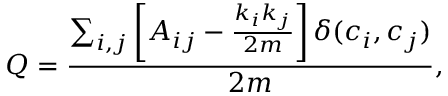
Q = \frac { \sum _ { i , j } \left[ A _ { i j } - \frac { k _ { i } k _ { j } } { 2 m } \right] { \delta { ( c _ { i } , c _ { j } ) } } } { { 2 m } } ,